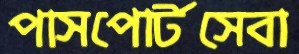
পাসপোর্টসেবা